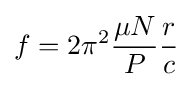
f=2\pi ^{2}{\frac {\mu N}{P}}{\frac {r}{c}}